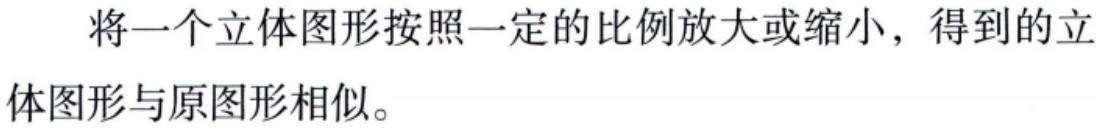
将一个立体图形按照一定的比例放大或缩小，得到的立体图形与原图形相似。